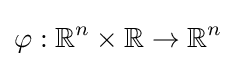
\varphi :\mathbb {R} ^{n}\times \mathbb {R} \to \mathbb {R} ^{n}